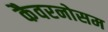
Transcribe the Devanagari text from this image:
कैवरनोसम